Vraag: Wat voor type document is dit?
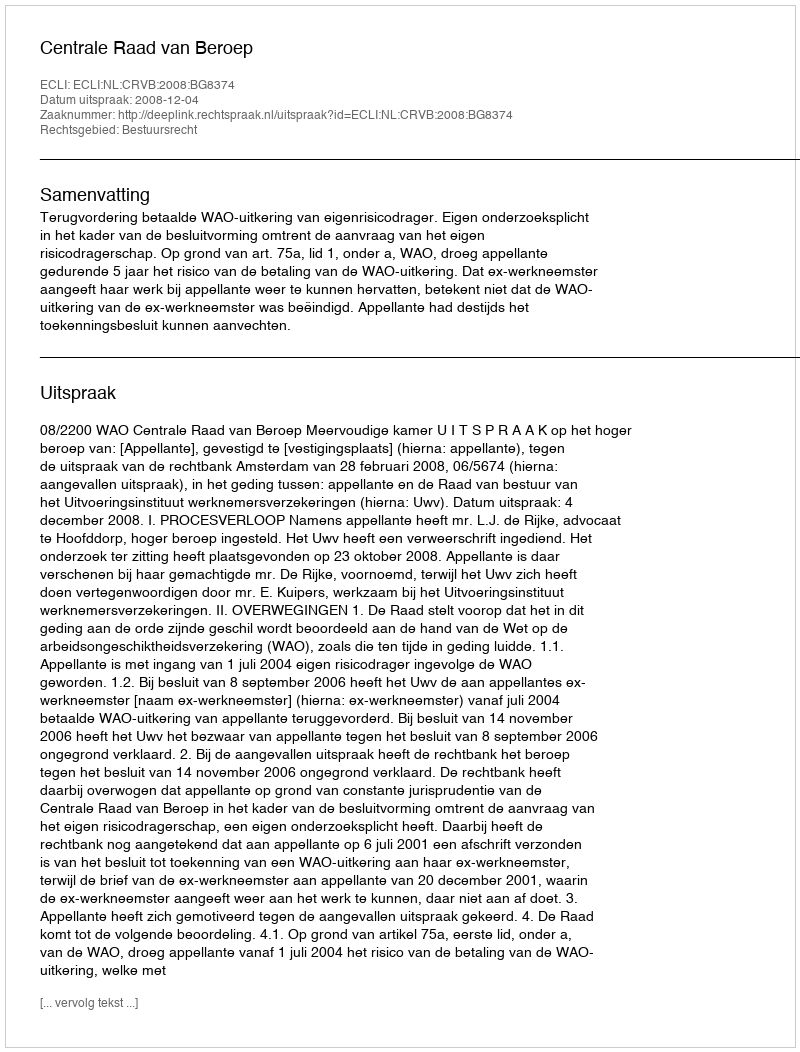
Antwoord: Uitspraak